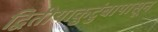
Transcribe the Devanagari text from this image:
द्वितीयाकुटुंबापासून